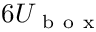
6 U _ { \mathrm { ~ b ~ o ~ x ~ } }